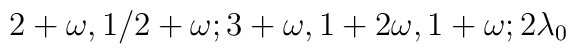
2+\omega,1/2+\omega;3+\omega,1+2\omega,1+\omega;2\lambda_0